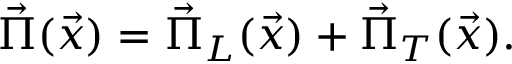
\vec { \Pi } ( \vec { x } ) = \vec { \Pi } _ { L } ( \vec { x } ) + \vec { \Pi } _ { T } ( \vec { x } ) .